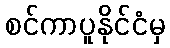
စင်ကာပူနိုင်ငံမှ